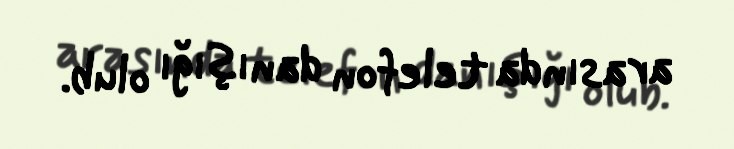
arasında telefon danışığı olub.